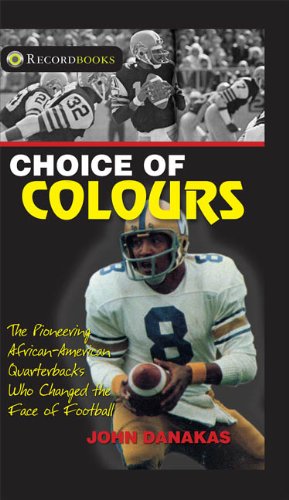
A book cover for Choice of Colours: The Pioneering African-American Quarterbacks who Changed the Face of Football (Lorimer Recordbooks); John Danakas; Teen & Young Adult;